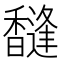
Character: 𱄐